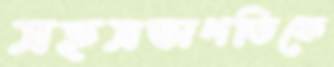
সহসভাপতিকে